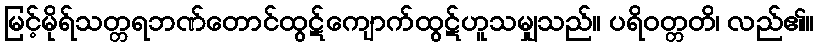
မြင့်မိုရ်သတ္တရဘဏ်တောင်ထွဋ်ကျောက်ထွဋ်ဟူသမျှသည်။ ပရိဝတ္တတိ၊ လည်၏။